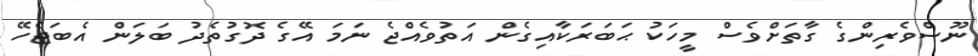
ނޫސްވެރިންގެ ގާތަށްވެސް މީހަކު ޙަބަރަކާއިގެން އަތުވެއްޖެ ނަމަ އޭގެ ދޮގުތެދު ބަލަން އެބަޖެހޭ